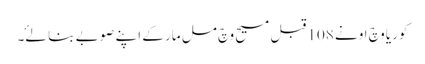
کوریا وچ اونے 108 قبل مسیح وچ مل مار کے اپنے صوبے بنا لۓ۔